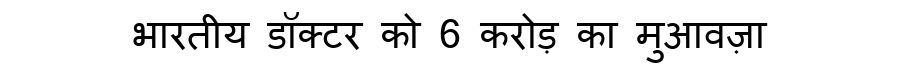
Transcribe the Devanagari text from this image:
भारतीय डॉक्टर को 6 करोड़ का मुआवज़ा